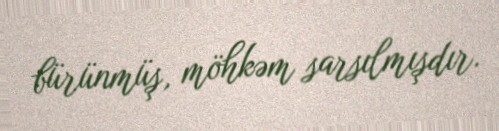
bürünmüş, möhkəm sarsılmışdır.